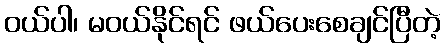
ဝယ်ပါ၊ မဝယ်နိုင်ရင် ဖယ်ပေးစေချင်ပြီတဲ့